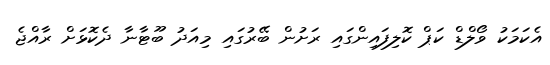
އެކަމަކު ވޯލްޑް ކަޕް ކޮލިފައިންގައި ރަށުން ބޭރުގައި މިއަދު ބޫޓާނާ ދެކޮޅަށް ރާއްޖެ